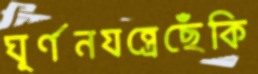
ঘূর্ণনযন্ত্রেছেঁকি